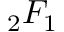
{ _ 2 F _ { 1 } }